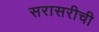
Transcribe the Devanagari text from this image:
सरासरीची